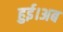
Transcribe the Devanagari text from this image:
हुई।अब